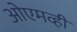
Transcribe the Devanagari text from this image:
ओएमव्ही